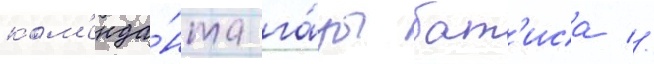
ком'енда́нта га́зы бат'иса //